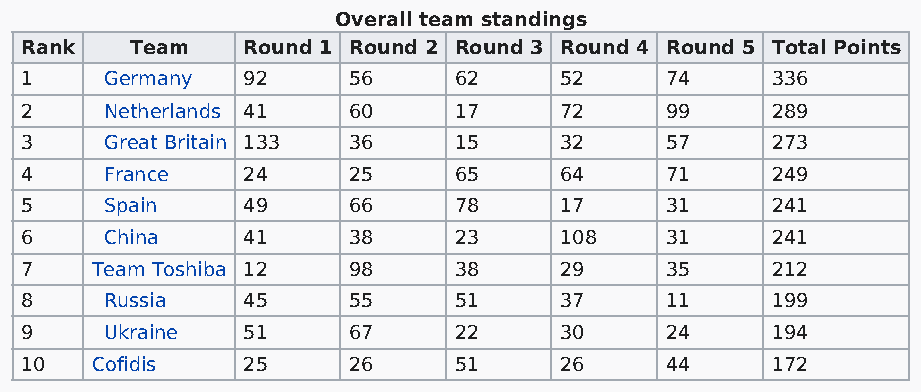
Overall team standings
 Rank    Team   Round 1 Round 2 Round 3 Round 4 Round 5 Total Points
 1     Germany  92     56     62     52     74     336
 2     Netherlands 41  60     17     72     99     289
 3     Great Britain 133 36   15     32     57     273
 4     France   24     25     65     64     71     249
 5     Spain    49     66     78     17     31     241
 6     China    41     38     23     108    31     241
 7    Team Toshiba 12  98     38     29     35     212
 8     Russia   45     55     51     37     11     199
 9     Ukraine  51     67     22     30     24     194
 10   Cofidis   25     26     51     26     44     172